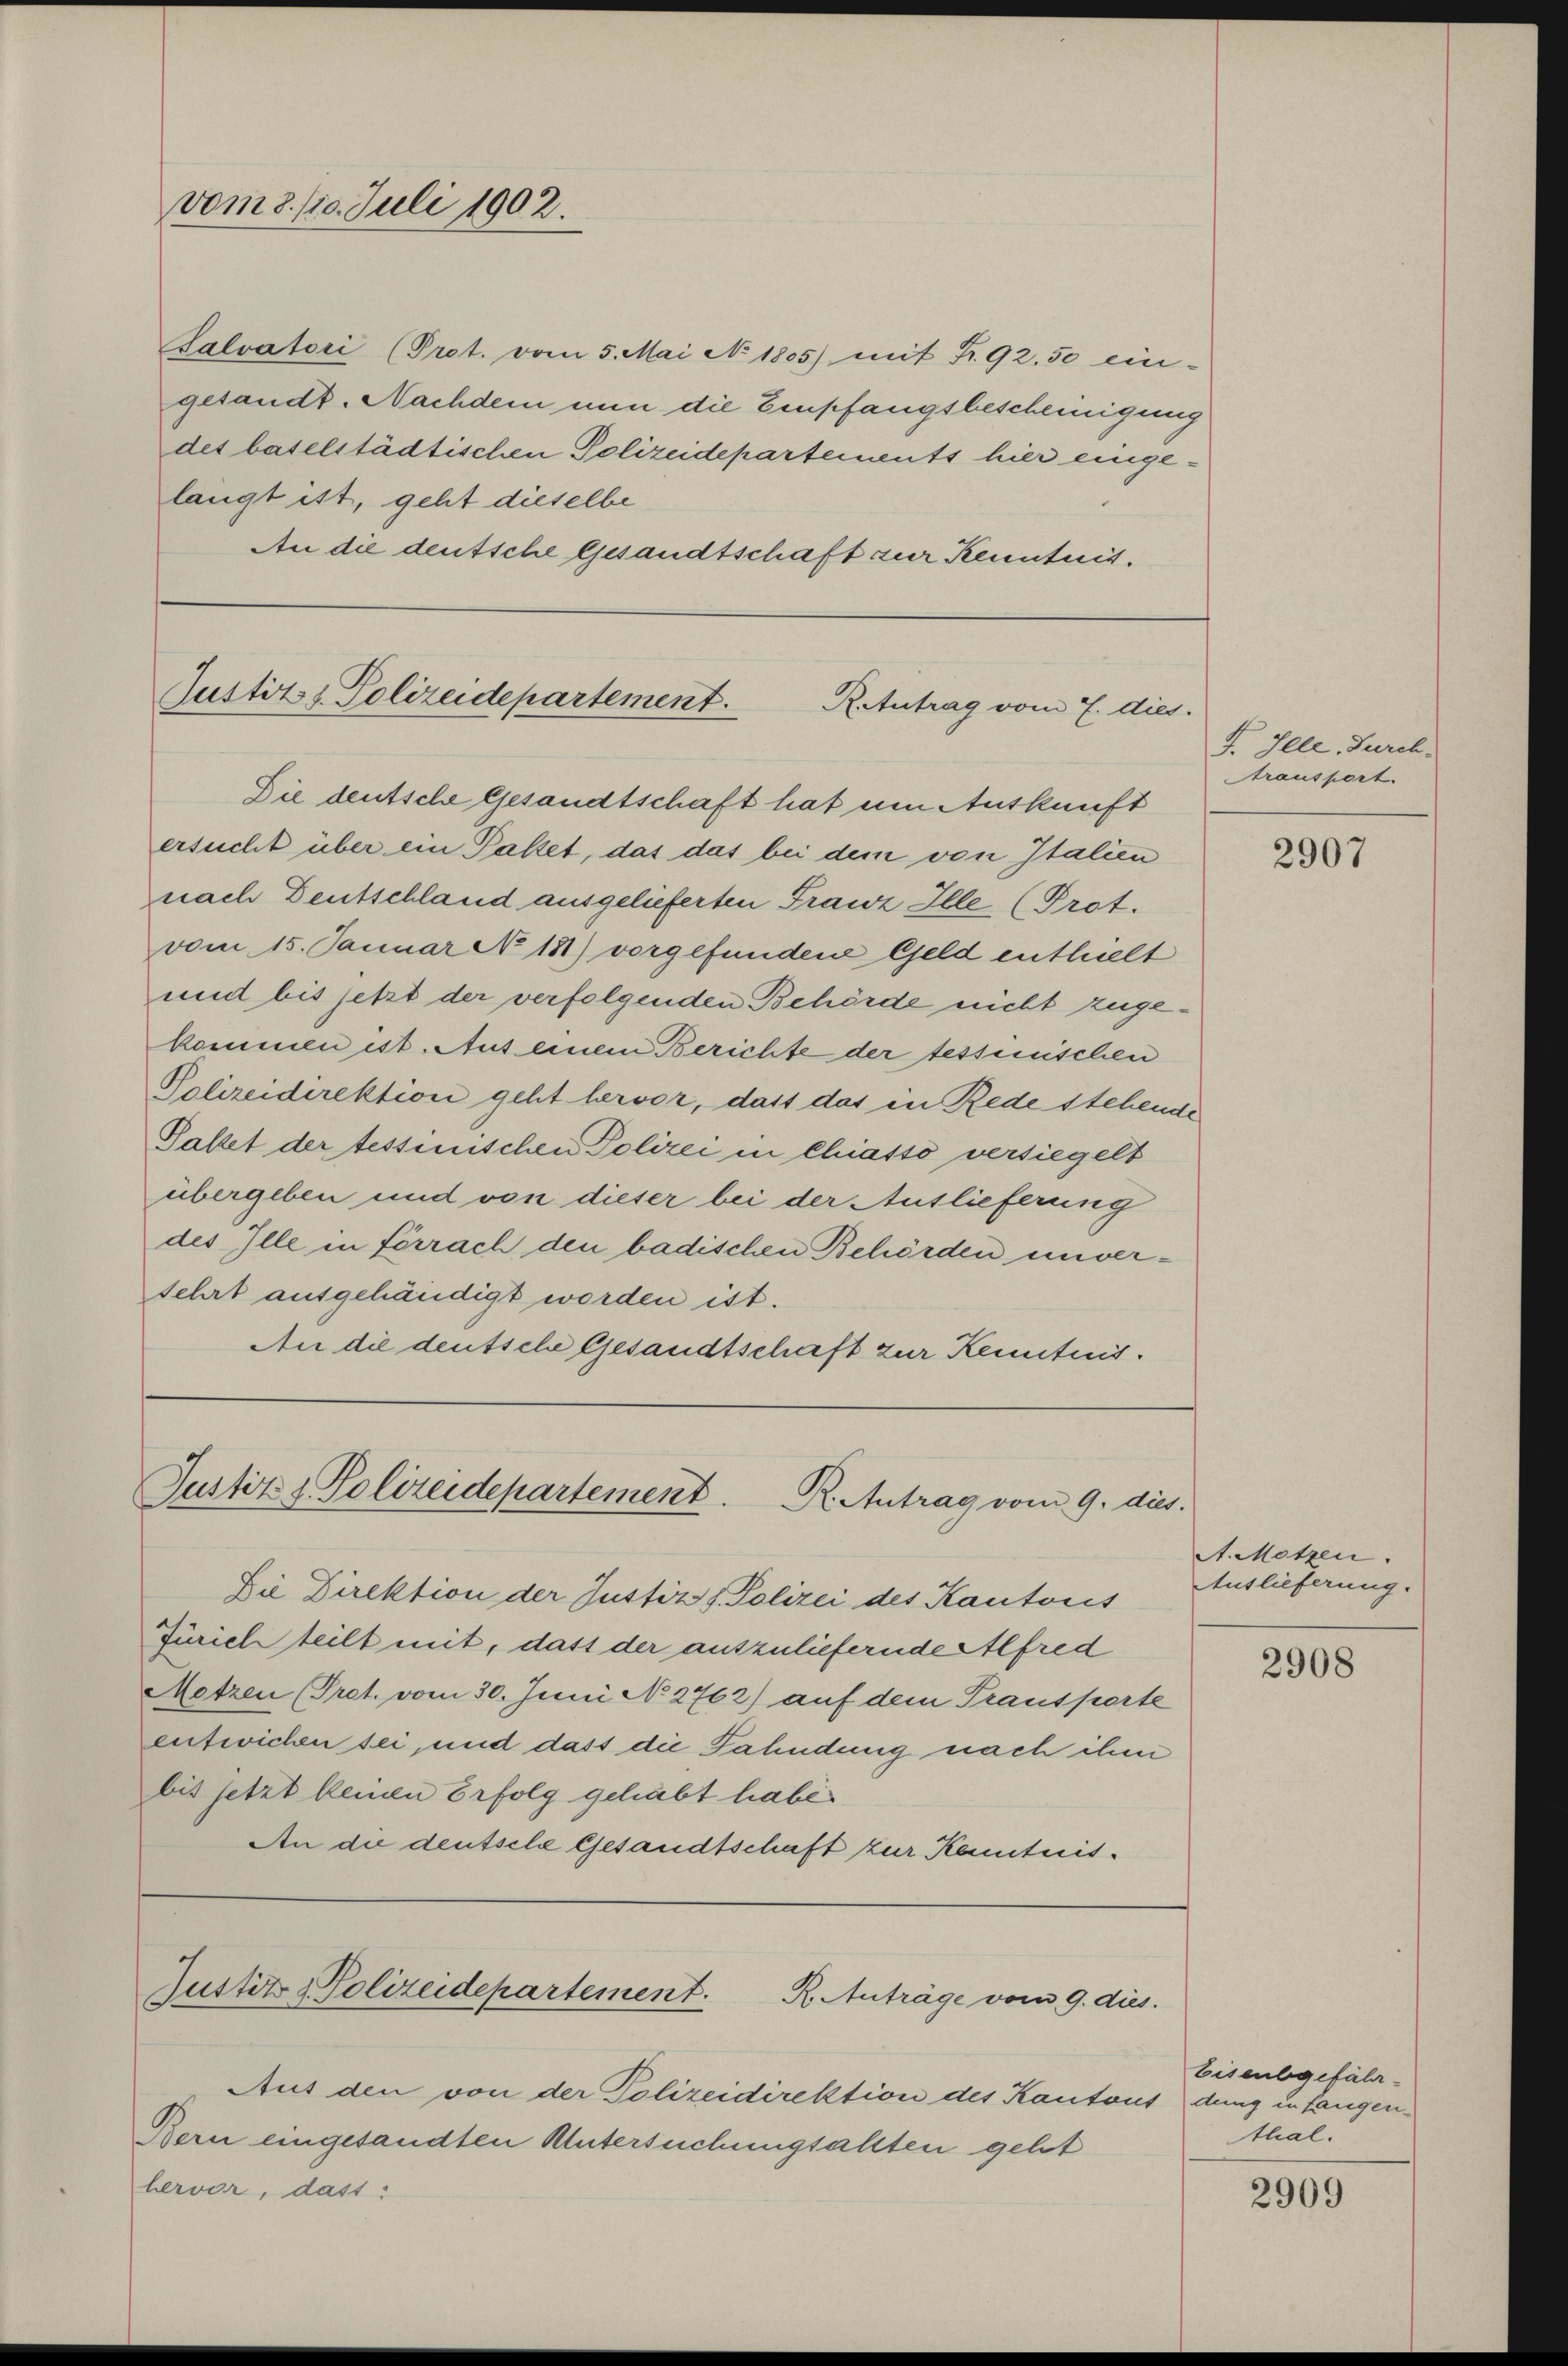
vom 8./10. Juli 1902.

Salvatori (Prot. vom 5. Mai No 1805) mit Fr. 92.50 ein-
gesandt. Nachdem nun die Empfangsbescheinigung
des baselstädtischen Polizeidepartements hier eingelangt ist, geht dieselbe
An die deutsche Gesandtschaft zur Kenntnis.

Justiz & Polizeidepartement.
Retutrag vom 7. dies

Die deutsche Gesandtschaft hat um Auskunft
ersucht über ein Paket, das das bei dem von Italien
nach Deutschland ausgelieferten Franz Ille (Prot.
vom 15. Januar N 181) vorgefundene Geld enthielt
und bis jetzt der verfolgenden Behörde nicht zugekommen ist. Aus einem Berichte der tessinischen
Polizeidirektion geht hervor, dass das in Rede stehende
Paket der tessinischen Polizei in Chiasso versiegelt
übergeben und von dieser bei der Auslieferung
des Ille in Ferrach den badischen Behörden unversehrt ausgehändigt worden ist.
An die deutsche Gesandtschaft zur Kenntnis¬

Justiz & Polizeidepartement.
R. Antrag vom 9. dies

Die Direktion der Justiz & Polizei des Kantonis
Zürichteilt mit, dass der auszuliefernde Alfred
Metzen (Pret. vom 30. Juni No 2762) auf dem Trausserte
entwichen sei, und dass die Fahndung nach ihm
bis setzt keinen Erfolg gehabt habe
An die deutsche Gesandtschaft zur Kenntnis¬

Justiz & Polizeidepartement.
R. Anträge vom 9. dies.

Aus den von der Polizeidirektion des Kantons dung in fangen¬
Bern eingesandten Untersuchungsallten geht
bervor, dass

F. Ille, Furch.
Atransport.

2907

A. Metzen.
Auslieferung.

2908

Eisenbgefährthal.

2909